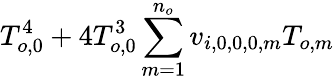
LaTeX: T_{o,0}^{4}+4T_{o,0}^{3}\sum_{m=1}^{n_{o}}v_{i,0,0,0,m}T_{o,m}